Civil Veterinary Department. Madras. Admin. report 1926-33 - 1926-1933
Year: 1926
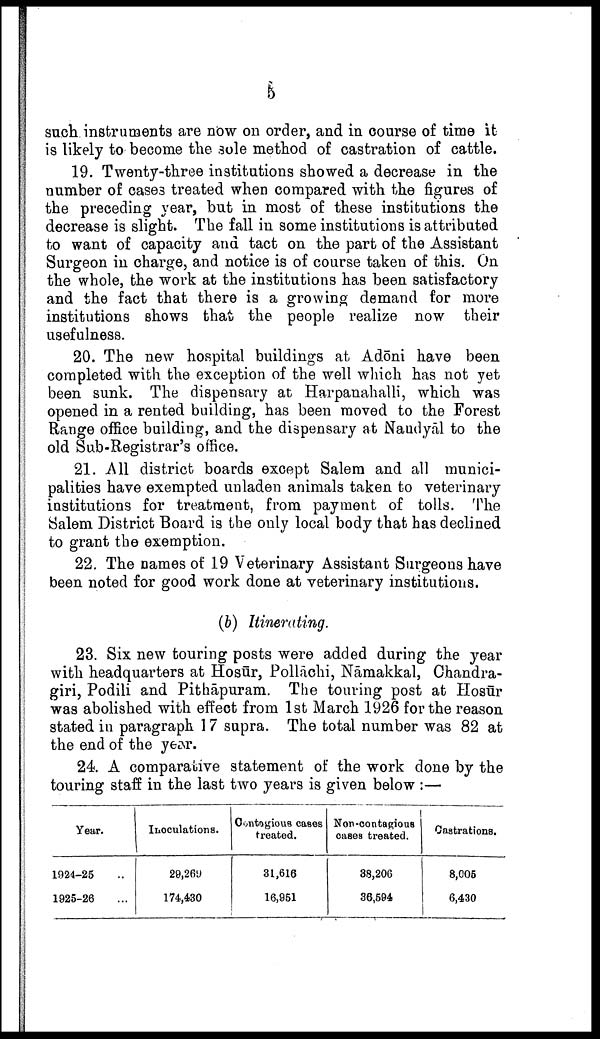
5
such instruments are now on order, and in course of time it
is likely to become the sole method of castration of cattle.
19. Twenty-three institutions showed a decrease in the
number of cases treated when compared with the figures of
the preceding year, but in most of these institutions the
decrease is slight. The fall in some institutions is attributed
to want of capacity and tact on the part of the Assistant
Surgeon in charge, and notice is of course taken of this. On
the whole, the work at the institutions has been satisfactory
and the fact that there is a growing demand for more
institutions shows that the people realize now their
usefulness.
20. The new hospital buildings at Adōni have been
completed with the exception of the well which has not yet
been sunk. The dispensary at Harpanahalli, which was
opened in a rented building, has been moved to the Forest
Range office building, and the dispensary at Naudyāl to the
old Sub-Registrar's office.
21. All district boards except Salem and all munici
palities have exempted unladen animals taken to veterinary
institutions for treatment, from payment of tolls. The
Salem District Board is the only local body that has declined
to grant the exemption.
22. The names of 19 Veterinary Assistant Surgeons have
been noted for good work done at veterinary institutions.
(b) Itinerating.
23. Six new touring posts were added during the year
with headquarters at Hosūr, Pollāchi, Nāmakkal, Chandra-
giri, Podili and Pithāpuram. The touring post at Hosūr
was abolished with effect from 1st March 1926 for the reason
stated in paragraph 17 supra. The total number was 82 at
the end of the year.
24. A comparative statement of the work done by the
touring staff in the last two years is given below :—
Year.
1924-25 ..
1925-26 ...
Inoculations.
29,269
174,430
Contagious cases
treated.
31,616
16,951
Non-contagious
cases treated.
38,206
36,594
Castrations.
8,005
6,430